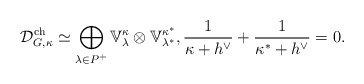
\begin{align*}\mathcal{D}_{G, \kappa}^{\mathrm{ch}}\simeq \bigoplus_{\lambda\in P^+} \mathbb{V}^{\kappa}_\lambda\otimes \mathbb{V}^{\kappa^*}_{\lambda^*},\frac{1}{\kappa+h^\vee}+\frac{1}{\kappa^*+h^\vee}=0.\end{align*}